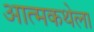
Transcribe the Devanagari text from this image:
आत्मकथेला